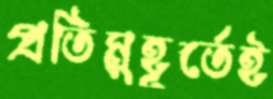
প্রতিমুহূর্তেই